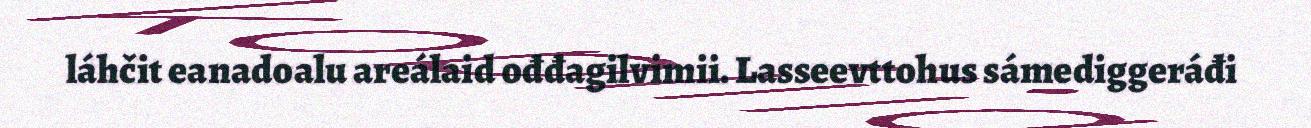
láhčit eanadoalu areálaid ođđagilvimii. Lasseevttohus sámediggeráđi